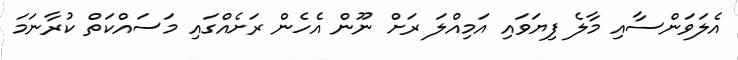
އެލަވަންސާއި މާލެ ފިޔަވައި އަމިއްލަ ރަށް ނޫން އެހެން ރަށެއްގައި މަސައްކަތް ކުރާނަމަ